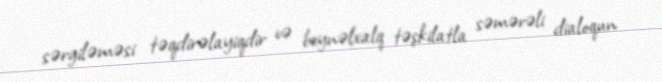
sərgiləməsi təqdirəlayiqdir və beynəlxalq təşkilatla səmərəli dialoqun